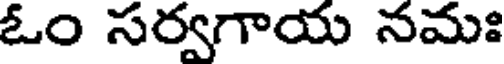
ఓం సర్వగాయ నమః